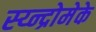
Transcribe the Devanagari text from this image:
स्य्न्द्रोमेके